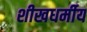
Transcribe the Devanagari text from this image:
शीखधर्मीय